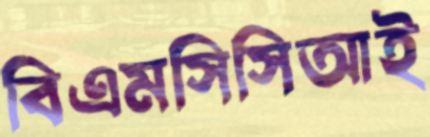
বিএমসিসিআই